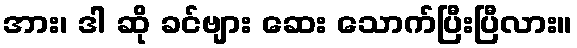
အား၊ ဒါ ဆို ခင်ဗျား ဆေး သောက်ပြီးပြီလား။